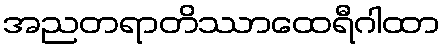
အညတရာတိဿာထေရီဂါထာ